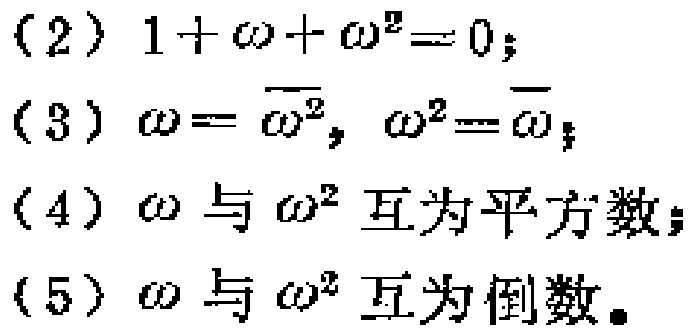
(2) \(1 + \omega+\omega^{2}=0\);
(3) \(\omega = \overline{\omega^{2}}, \omega^{2}=\overline{\omega}\);
(4) \(\omega\) 与 \(\omega^{2}\) 互为平方数；
(5) \(\omega\) 与 \(\omega^{2}\) 互为倒数。